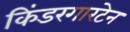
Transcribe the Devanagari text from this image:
किंडरगारटेन